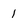
Character: I